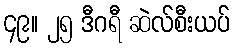
၄၉။ ၂၅ ဒီဂရီ ဆဲလ်စီးယပ်